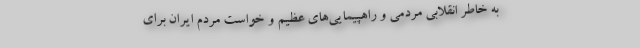
به خاطر انقلابی مردمی و راهپیمایی‌های عظیم و خواست مردم ایران برای